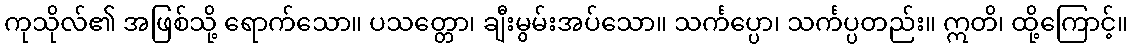
ကုသိုလ်၏ အဖြစ်သို့ ရောက်သော။ ပသတ္တော၊ ချီးမွမ်းအပ်သော။ သင်္ကပ္ပော၊ သင်္ကပ္ပတည်း။ ဣတိ၊ ထို့ကြောင့်။